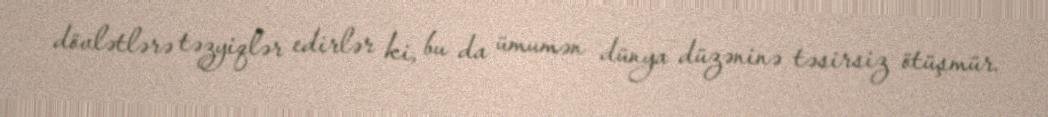
dövlətlərə təzyiqlər edirlər ki, bu da ümumən dünya düzəninə təsirsiz ötüşmür.